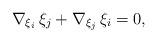
LaTeX: \begin{align*} \nabla_{\xi_i}\,\xi_j+\nabla_{\xi_j}\,\xi_i =0,\end{align*}